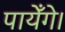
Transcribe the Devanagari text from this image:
पायेँगे।